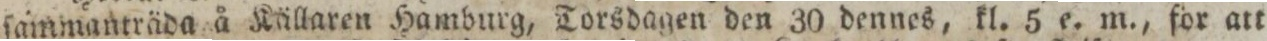
ſammanträda å Källaren Hamburg, Torsdagen den 30 dennes, kl. 5 e. m., för att